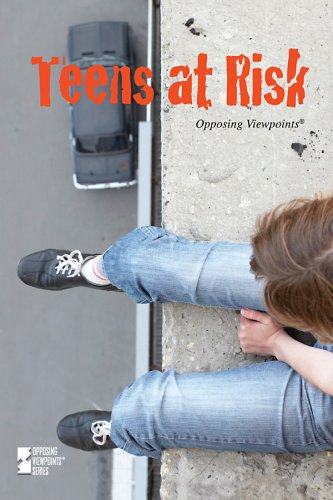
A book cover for Teens At Risk (Opposing Viewpoints); Teen & Young Adult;